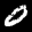
Label: 0